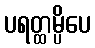
ပရတ္ထမ္ပိပေ